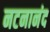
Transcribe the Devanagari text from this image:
नटनानंद